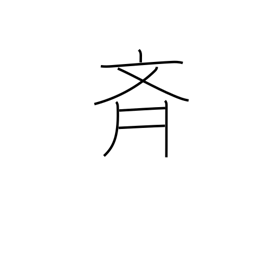
Meaning: alike